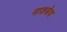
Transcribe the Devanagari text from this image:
माकबेथ